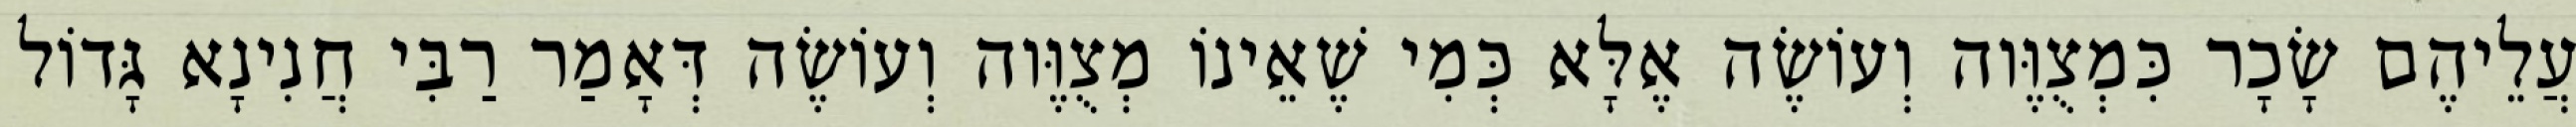
עֲלֵיהֶם שָׂכָר כִּמְצֻוֶּוה וְעוֹשֶׂה אֶלָּא כְּמִי שֶׁאֵינוֹ מְצֻוֶּוה וְעוֹשֶׂה דְּאָמַר רַבִּי חֲנִינָא גָּדוֹל